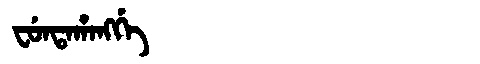
Manchu: ᠸᡠᠨᡨᠠᡥᠠᠩᡤᡝ
Romanization: FUNTAHANGGE